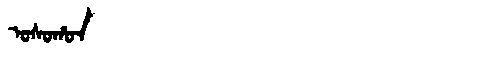
Manchu: ᠣᠰᠣᡥᠣᠨ
Romanization: OSOHON